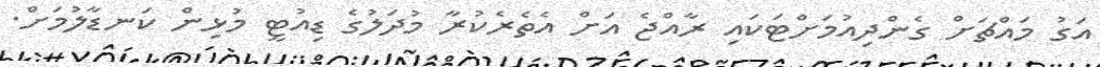
އަގު މައްޗަށް ގެންދިއުމަށްޓަކައި ރާއްޖެ އަށް އެތެރެކުރާ މުދަލުގެ ޑިއުޓީ މުޅިން ކަނޑާލުމަށް.